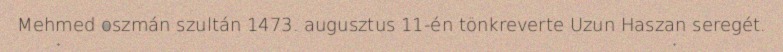
Mehmed oszmán szultán 1473. augusztus 11-én tönkreverte Uzun Haszan seregét.